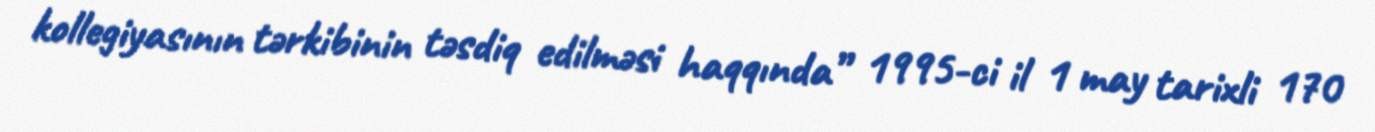
kollegiyasının tərkibinin təsdiq edilməsi haqqında” 1995-ci il 1 may tarixli 170